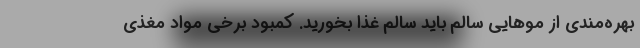
بهره‌مندی از موهایی سالم باید سالم غذا بخورید. کمبود برخی مواد مغذی